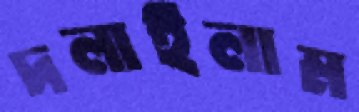
দলাইলাম